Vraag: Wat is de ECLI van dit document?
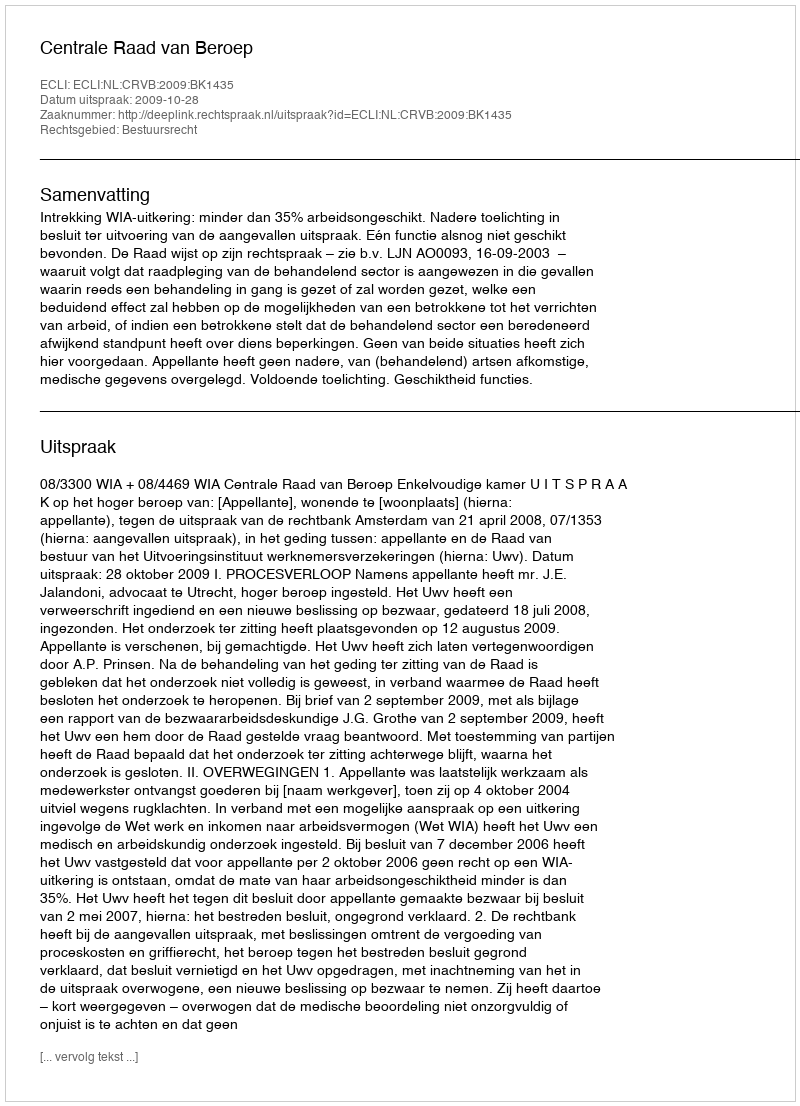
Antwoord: ECLI:NL:CRVB:2009:BK1435